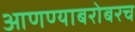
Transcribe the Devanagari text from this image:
आणण्याबरोबरच